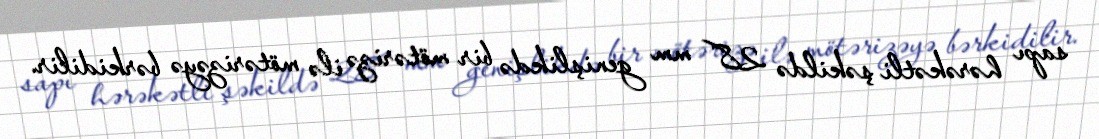
sapı hərəkətli şəkildə 28 mm genişlikdə bir mötərizə ilə mötərizəyə bərkidilir.